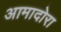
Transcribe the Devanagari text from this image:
आमादोरा